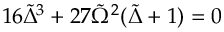
1 6 \tilde { \Delta } ^ { 3 } + 2 7 \tilde { \Omega } ^ { 2 } ( \tilde { \Delta } + 1 ) = 0